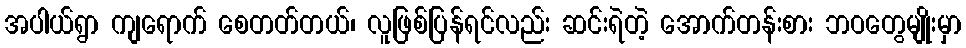
အပါယ်ရွာ ကျရောက် စေတတ်တယ်၊ လူဖြစ်ပြန်ရင်လည်း ဆင်းရဲတဲ့ အောက်တန်းစား ဘဝတွေမျိုးမှာ